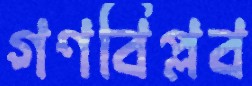
গণবিপ্লব